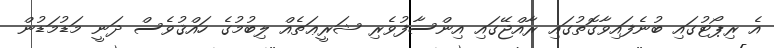
އެ ރިޕޯޓުގައި ބުނެފައިވާގޮތުގައި ރާއްޖޭގައި އިންސާފުވެރި ޝަރީޢަތެއް ލިބުމުގެ ހައްޤުވެސް ދަނީ މަޑުމަޑުން